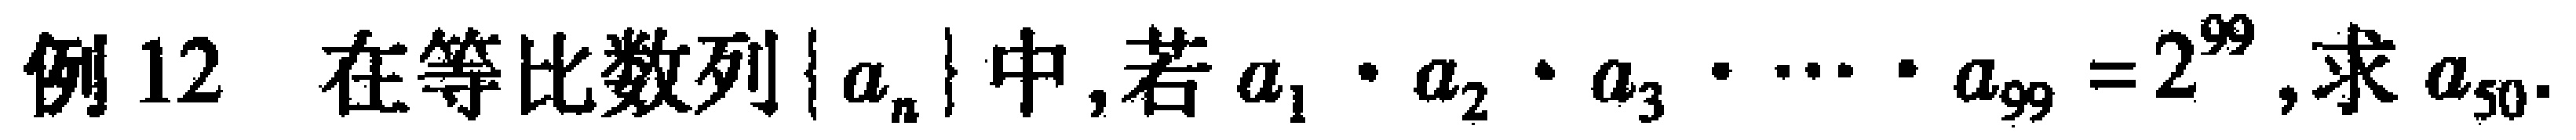
例 12 在等比数列\(\{ a_{n}\}\)中, 若\(a_{1}\cdot a_{2}\cdot a_{3}\cdot \cdots \cdot a_{99}=2^{99}\), 求\(a_{50}\).